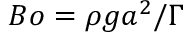
B o = { \rho } g a ^ { 2 } / \Gamma